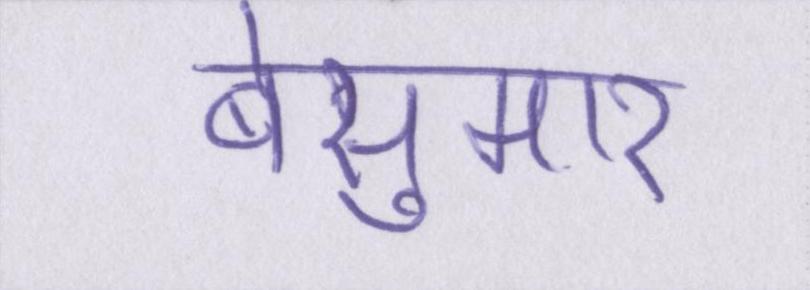
बेसुमार